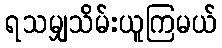
ရသမျှသိမ်းယူကြမယ်